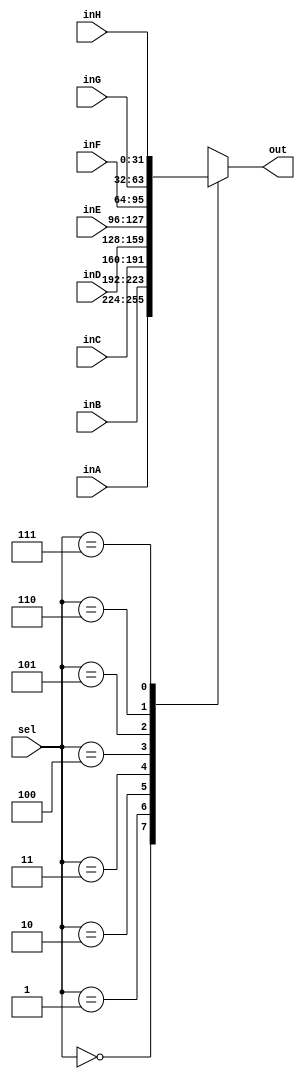
`timescale 1ns / 1ps
//////////////////////////////////////////////////////////////////////////////////
// Company: 
// Engineer: 
// 
// Design Name: 
// Module Name: Mux8To1
// Project Name: 
// Target Devices: 
// Tool Versions: 
// Description: 
// 
// Dependencies: 
// 
// Revision:
// Revision 0.01 - File Created
// Additional Comments:
// 
//////////////////////////////////////////////////////////////////////////////////


module Mux8To1(out, inA, inB, inC, inD, inE, inF, inG, inH, sel);

    output reg [31:0] out;
    
    input [31:0] inA, inB, inC, inD, inE, inF, inG, inH;
    input [2:0]  sel;

    always @ (*) begin
        case (sel)
            3'b000: out <= inA;
            3'b001: out <= inB;
            3'b010: out <= inC;
            3'b011: out <= inD;     
            3'b100: out <= inE;
            3'b101: out <= inF;
            3'b110: out <= inG;
            3'b111: out <= inH;
        endcase
    end

endmodule